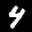
Label: 4